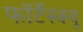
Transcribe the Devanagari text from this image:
फॉर्टेस्क्यू